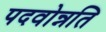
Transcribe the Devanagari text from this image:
पदवोन्नति